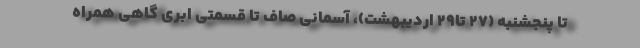
تا پنجشنبه (۲۷ تا۲۹ اردیبهشت)، آسمانی صاف تا قسمتی ابری گاهی همراه